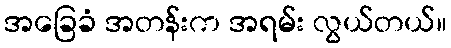
အခြေခံ အတန်းက အရမ်း လွယ်တယ်။